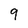
Character: 9